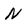
Character: N